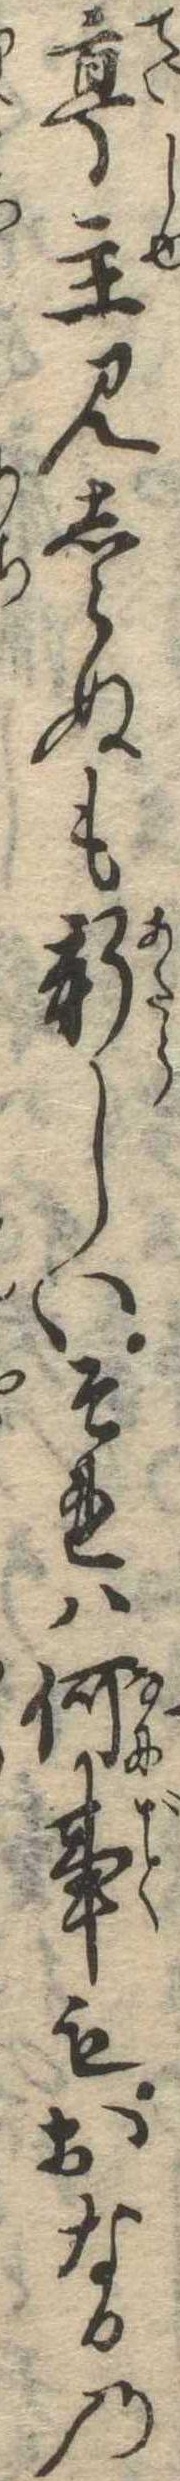
亭主見しらぬも新しいそれは何事もおなるの